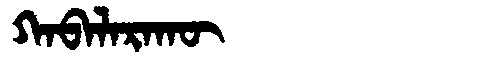
Manchu: ᡴᠠᠪᠠᠯᠠᡵᠠᡴᡡ
Romanization: KABALARAKŪ